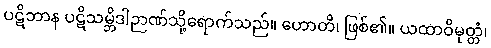
ပဋိဘာန ပဋိသမ္ဘိဒါဉာဏ်သို့ရောက်သည်။ ဟောတိ၊ ဖြစ်၏။ ယထာဝိမုတ္တံ၊